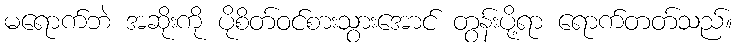
မရောက်ဘဲ အဆိုးကို ပိုစိတ်ဝင်စားသွားအောင် တွန်းပို့ရာ ရောက်တတ်သည်။